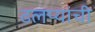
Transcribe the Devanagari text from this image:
ढलप्यांची